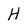
Character: H